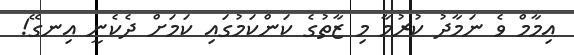
އިމާމް ވެ ނަމާދު ކުރުމާ މި ޒާތުގެ ކަންކަމުގައި ކަމަށް ދެކެނީ އިނގޭ!